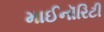
માઈનૉરિટી